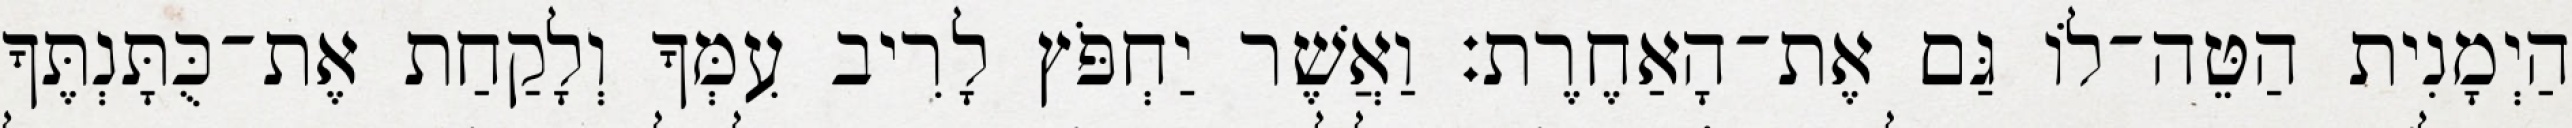
הַיְמָנִית הַטֵּה־לוֹ גַּם אֶת־הָאַחֶרֶת׃ וַאֲשֶׁר יַחְפֹּץ לָרִיב עִמְּךָ וְלָקַחַת אֶת־כֻּתָּנְתֶּךָ